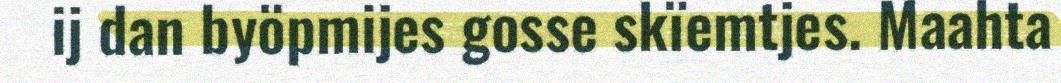
ij dan byöpmijes gosse skïemtjes. Maahta